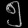
Digit: ၅